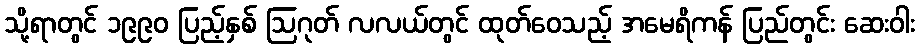
သို့ရာတွင် ၁၉၉၀ ပြည့်နှစ် ဩဂုတ် လလယ်တွင် ထုတ်ဝေသည့် အမေရိကန် ပြည်တွင်း ဆေးဝါး